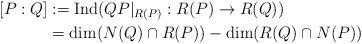
LaTeX: \begin{align*}[P:Q]& :=\mathrm{Ind}(QP|_{R(P)}:R(P)\to R(Q)) \\& = \dim(N(Q)\cap R(P)) - \dim(R(Q)\cap N(P)) \end{align*}